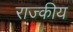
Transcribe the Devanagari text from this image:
राज्कीय